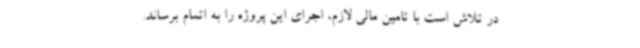
در تلاش است با تامین مالی لازم، اجرای این پروژه را به اتمام برساند.